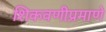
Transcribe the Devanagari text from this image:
शिकवणीप्रमाणे